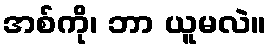
အစ်ကို၊ ဘာ ယူမလဲ။